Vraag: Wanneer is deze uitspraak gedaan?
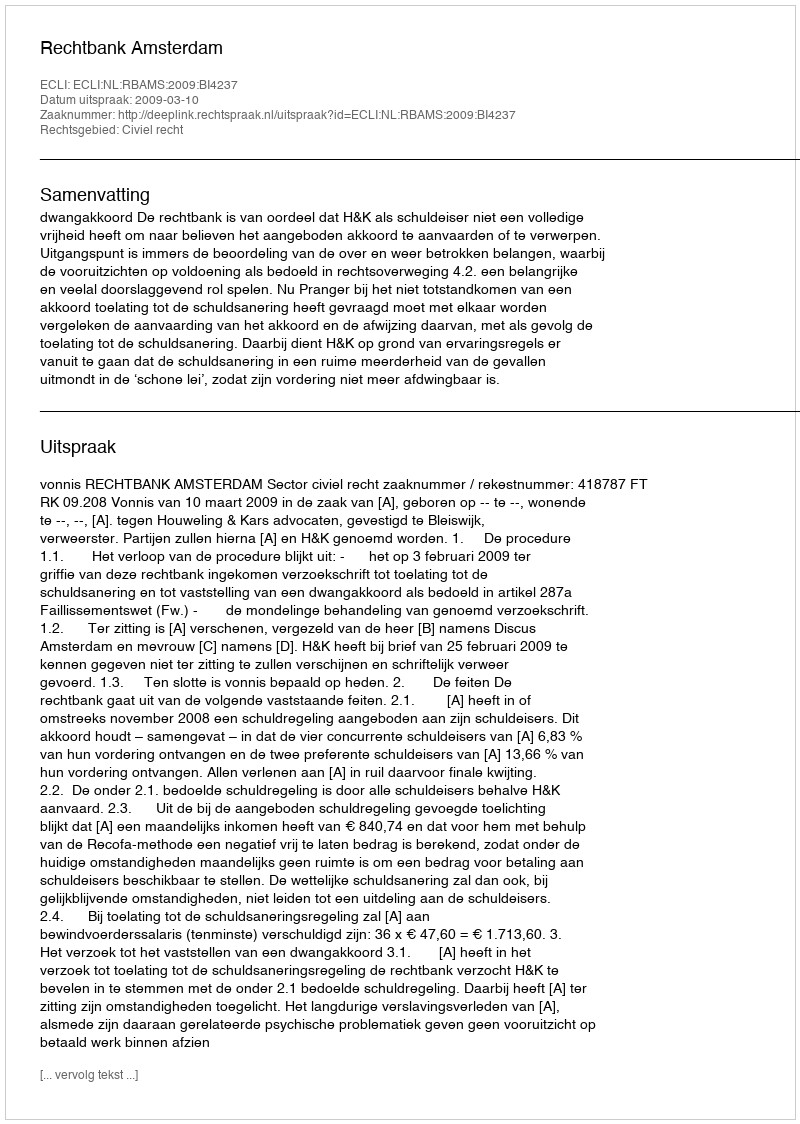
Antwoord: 2009-03-10